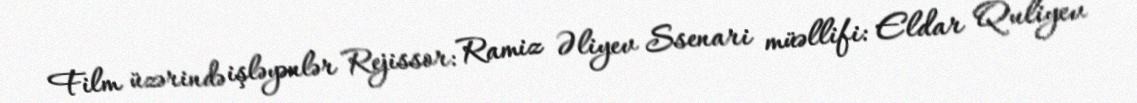
Film üzərində işləyənlər Rejissor: Ramiz Əliyev Ssenari müəllifi: Eldar Quliyev